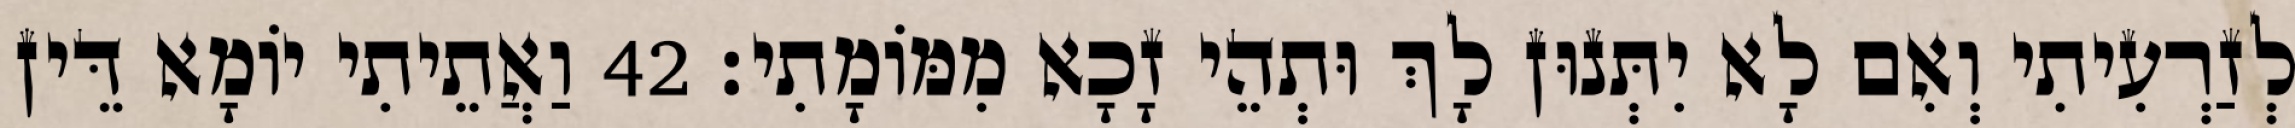
לְזַרְעִיתִי וְאִם לָא יִתְּנוּן לָךְ וּתְהֵי זָכָא מִמּוֹמָתִי׃ 42 וַאֲתֵיתִי יוֹמָא דֵּין